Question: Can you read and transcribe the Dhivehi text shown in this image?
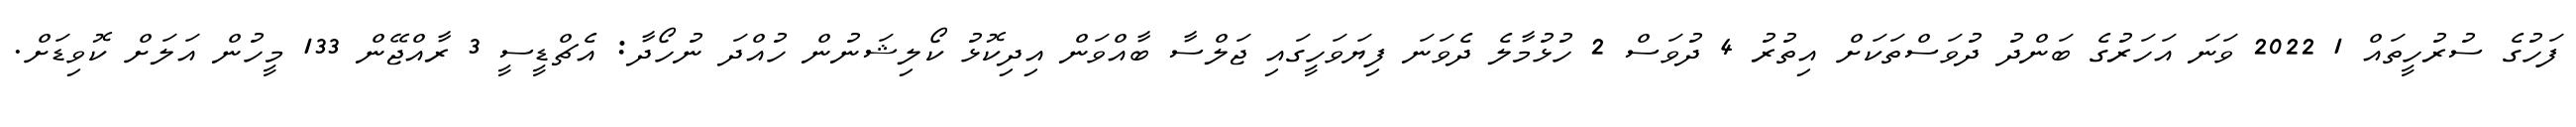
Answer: ފަހުގެ ސުރުހީތައް 1 2022 ވަނަ އަހަރުގެ ބަންދު ދުވަސްތަކަށް އިތުރު 4 ދުވަސް 2 ހުޅުމާލެ ދެވަނަ ފިޔަވަހީގައި ޖަލްސާ ބާއްވަން އިދިކޮޅު ކޯލިޝަނުން ހުއްދަ ނުހޯދާ: އެޗްޑީސީ 3 ރާއްޖޭން 133 މީހުން އަލަށް ކޮވިޑަށް.